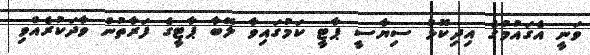
ވަނީ އެގައުމުގެ އިދިކޮޅު ސިޔާސީ ޕާޓީ ކަމުގައިވާ ލޭބާ ޕާޓީގެ ފަރާތުން ވާދަކުރެއްވި